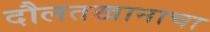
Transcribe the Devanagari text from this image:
दौलतखानाचा